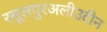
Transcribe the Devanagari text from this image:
रसूलपुरअलीउदीन